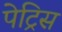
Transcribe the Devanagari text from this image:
पेट्रिस